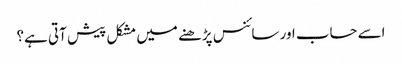
اسے حساب اور سائنس پڑھنے میں مشکل پیش آتی ہے؟